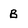
Character: B